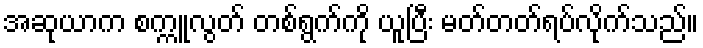
အဆုယာက စက္ကူလွတ် တစ်ရွက်ကို ယူပြီး မတ်တတ်ရပ်လိုက်သည်။